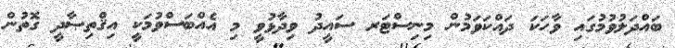
ބައްދަލުވުމުގައި ވާހަކަ ދައްކަވަމުން މިނިސްޓަރ ސައީދު ވިދާޅުވީ މި އެއްބަސްވުމަކީ އިޤްތިޞާދީ ގޮތުން